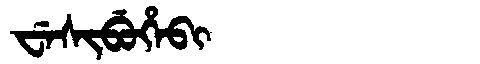
Manchu: ᠸᡝᠰᡳᠪᡠᡥᡝᠪᡳ
Romanization: WESIBUHEBI